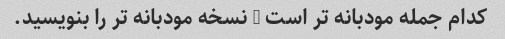
کدام جمله مودبانه تر است - نسخه مودبانه تر را بنویسید.